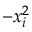
- x _ { i } ^ { 2 }